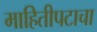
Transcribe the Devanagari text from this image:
माहितीपटाचा